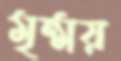
মৃন্ময়